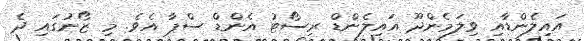
އައިލެންޑާއި ވިލަމެންދޫ އައިލެންޑް ރިސޯޓު އެންޑް ސްޕާ އެވެ. މި ޒޯނުގައި ދެ